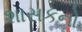
શાસકનો